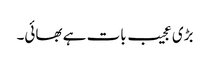
بڑی عجیب بات ہے بھائی۔